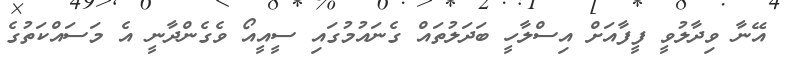
އޭނާ ވިދާލުވީ ފީފާއަށް އިސްލާހީ ބަދަލުތައް ގެނައުމުގައި ސީއީއޯ ވެގެންދާނީ އެ މަސައްކަތުގެ